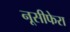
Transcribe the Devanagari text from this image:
नूसीफेरा